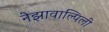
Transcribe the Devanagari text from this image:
नेझावाल्पिली